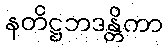
နတိဋ္ဌဘဒန္တိကာ